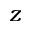
z